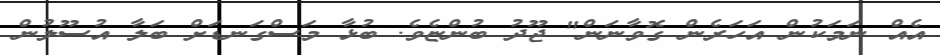
އެއް ނަމަކުން އަހަރެން ގޮވާނަން" ޖޫދު ބުންޏެވެ. ބުޅާ މަސްގަނޑަށް ބަލާ އުސޫލުން